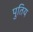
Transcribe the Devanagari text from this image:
पुतिय